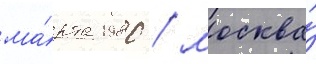
ма́рта 1980 / москва́